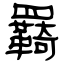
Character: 羇